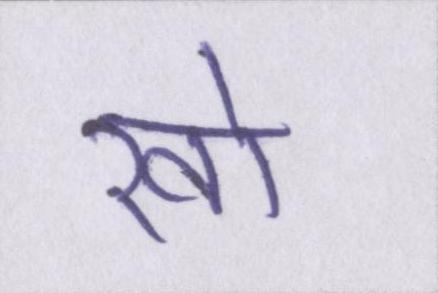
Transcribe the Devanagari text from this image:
खो